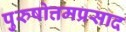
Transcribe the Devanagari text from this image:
पुरुषोत्तमप्रसाद